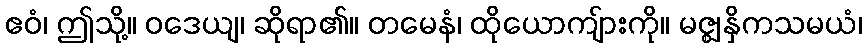
ဧဝံ၊ ဤသို့။ ဝဒေယျ၊ ဆိုရာ၏။ တမေနံ၊ ထိုယောကျ်ားကို။ မဇ္ဈနှိကသမယံ၊